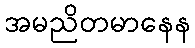
အမညိတမာနေန